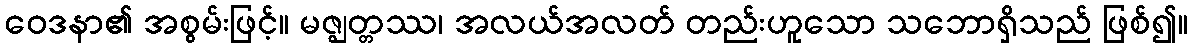
ဝေဒနာ၏ အစွမ်းဖြင့်။ မဇ္ဈတ္တဿ၊ အလယ်အလတ် တည်းဟူသော သဘောရှိသည် ဖြစ်၍။